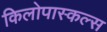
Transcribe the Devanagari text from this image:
किलोपास्कल्स